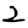
Digit: 2